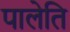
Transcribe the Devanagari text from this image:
पालेति